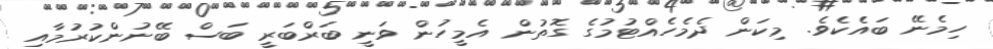
ހިމެނޭ ބައެކެވެ. މިކަން ދެމެހެއްޓުމުގެ ގޮތުން އެމީހުން ވަނީ ބަރްބަރީ ބަސް ބޭނުންކުރުމާއި